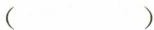
( )